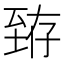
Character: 臶